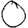
Digit: 0